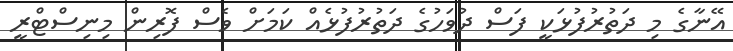
އޭނާގެ މި ދަތުރުފުޅަކީ ފަސް ދުވަހުގެ ދަތުރުފުޅެއް ކަމަށް ވެސް ފޮރިން މިނިސްޓްރީ